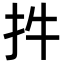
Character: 𢪧